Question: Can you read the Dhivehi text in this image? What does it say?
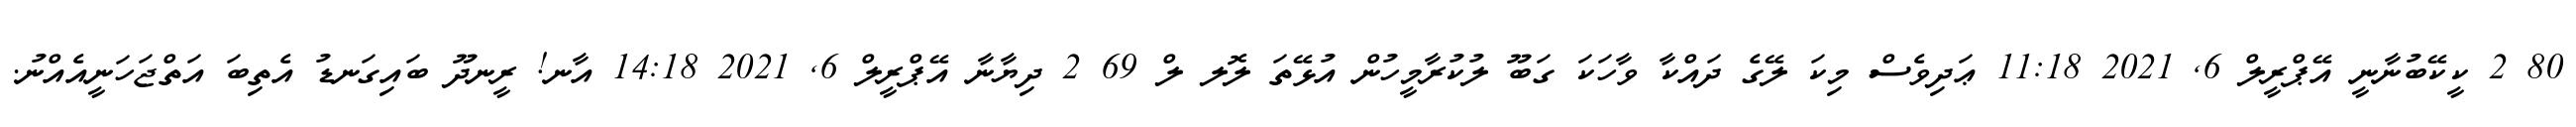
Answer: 80 2 ކީކޭބުނާނީ އޭޕްރީލް 6, 2021 11:18 ޢަދިވެސް މިކަ ލޭގެ ދައްކާ ވާހަކަ ގަބޫ ލުކުރާމީހުން އުޅޭތަ ލޮލ ލް 69 2 ދިޔާނާ އޭޕްރީލް 6, 2021 14:18 އާނ! ރީނދޫ ބައިގަނޑު އެތިބަ އަތްޖަހަނީއެއްނު.